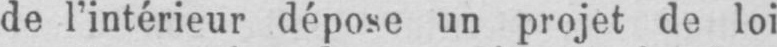
de l’intérieur dépose un projet de loi